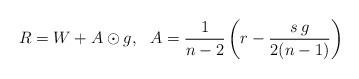
LaTeX: \begin{align*}\begin{array}{ccc} R= W+A \odot g, &A=\dfrac{1}{n-2}\left(r-\dfrac{s\,g}{2(n-1)}\right)&\end{array}\end{align*}